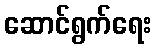
ဆောင်ရွက်ရေး